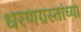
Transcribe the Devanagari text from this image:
धरणग्रस्तांच्या